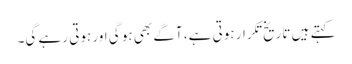
کہتے ہیں تاریخ تکرار ہوتی ہے، آگے بھی ہو گی اور ہوتی رہے گی۔